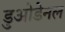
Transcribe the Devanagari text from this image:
डुओडेनल